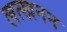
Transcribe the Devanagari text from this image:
लत्खनन